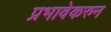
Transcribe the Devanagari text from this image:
प्रभावेकरुन